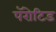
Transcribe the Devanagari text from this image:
पॅरोटिड